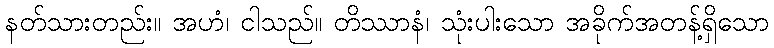
နတ်သားတည်း။ အဟံ၊ ငါသည်။ တိဿာနံ၊ သုံးပါးသော အခိုက်အတန့်ရှိသော